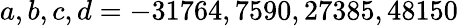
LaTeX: a,b,c,d=-31764,7590,27385,48150